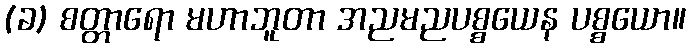
(ခ) စတ္တာရော မဟာဘူတာ အညမညပစ္စယေန ပစ္စယော။